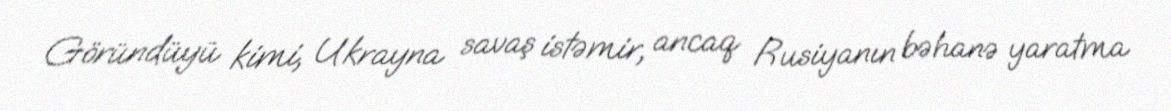
Göründüyü kimi, Ukrayna savaş istəmir, ancaq Rusiyanın bəhanə yaratma